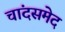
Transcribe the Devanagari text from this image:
चांदसमेद